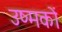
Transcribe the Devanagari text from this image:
उष्मकों